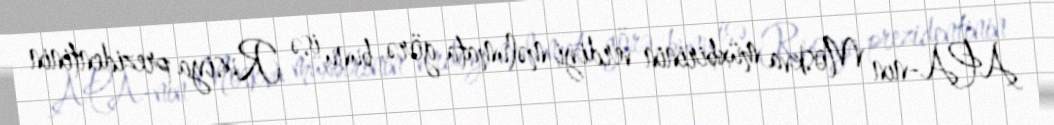
APA-nın Moskva müxbirinin verdiyi məlumata görə, bunu isə Rusiya prezidentinin